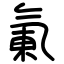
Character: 氭